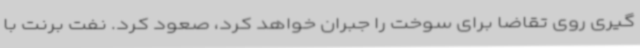
گیری روی تقاضا برای سوخت را جبران خواهد کرد، صعود کرد. نفت برنت با